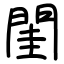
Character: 閨